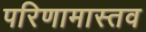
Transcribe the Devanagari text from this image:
परिणामास्तव